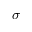
\boldsymbol \sigma